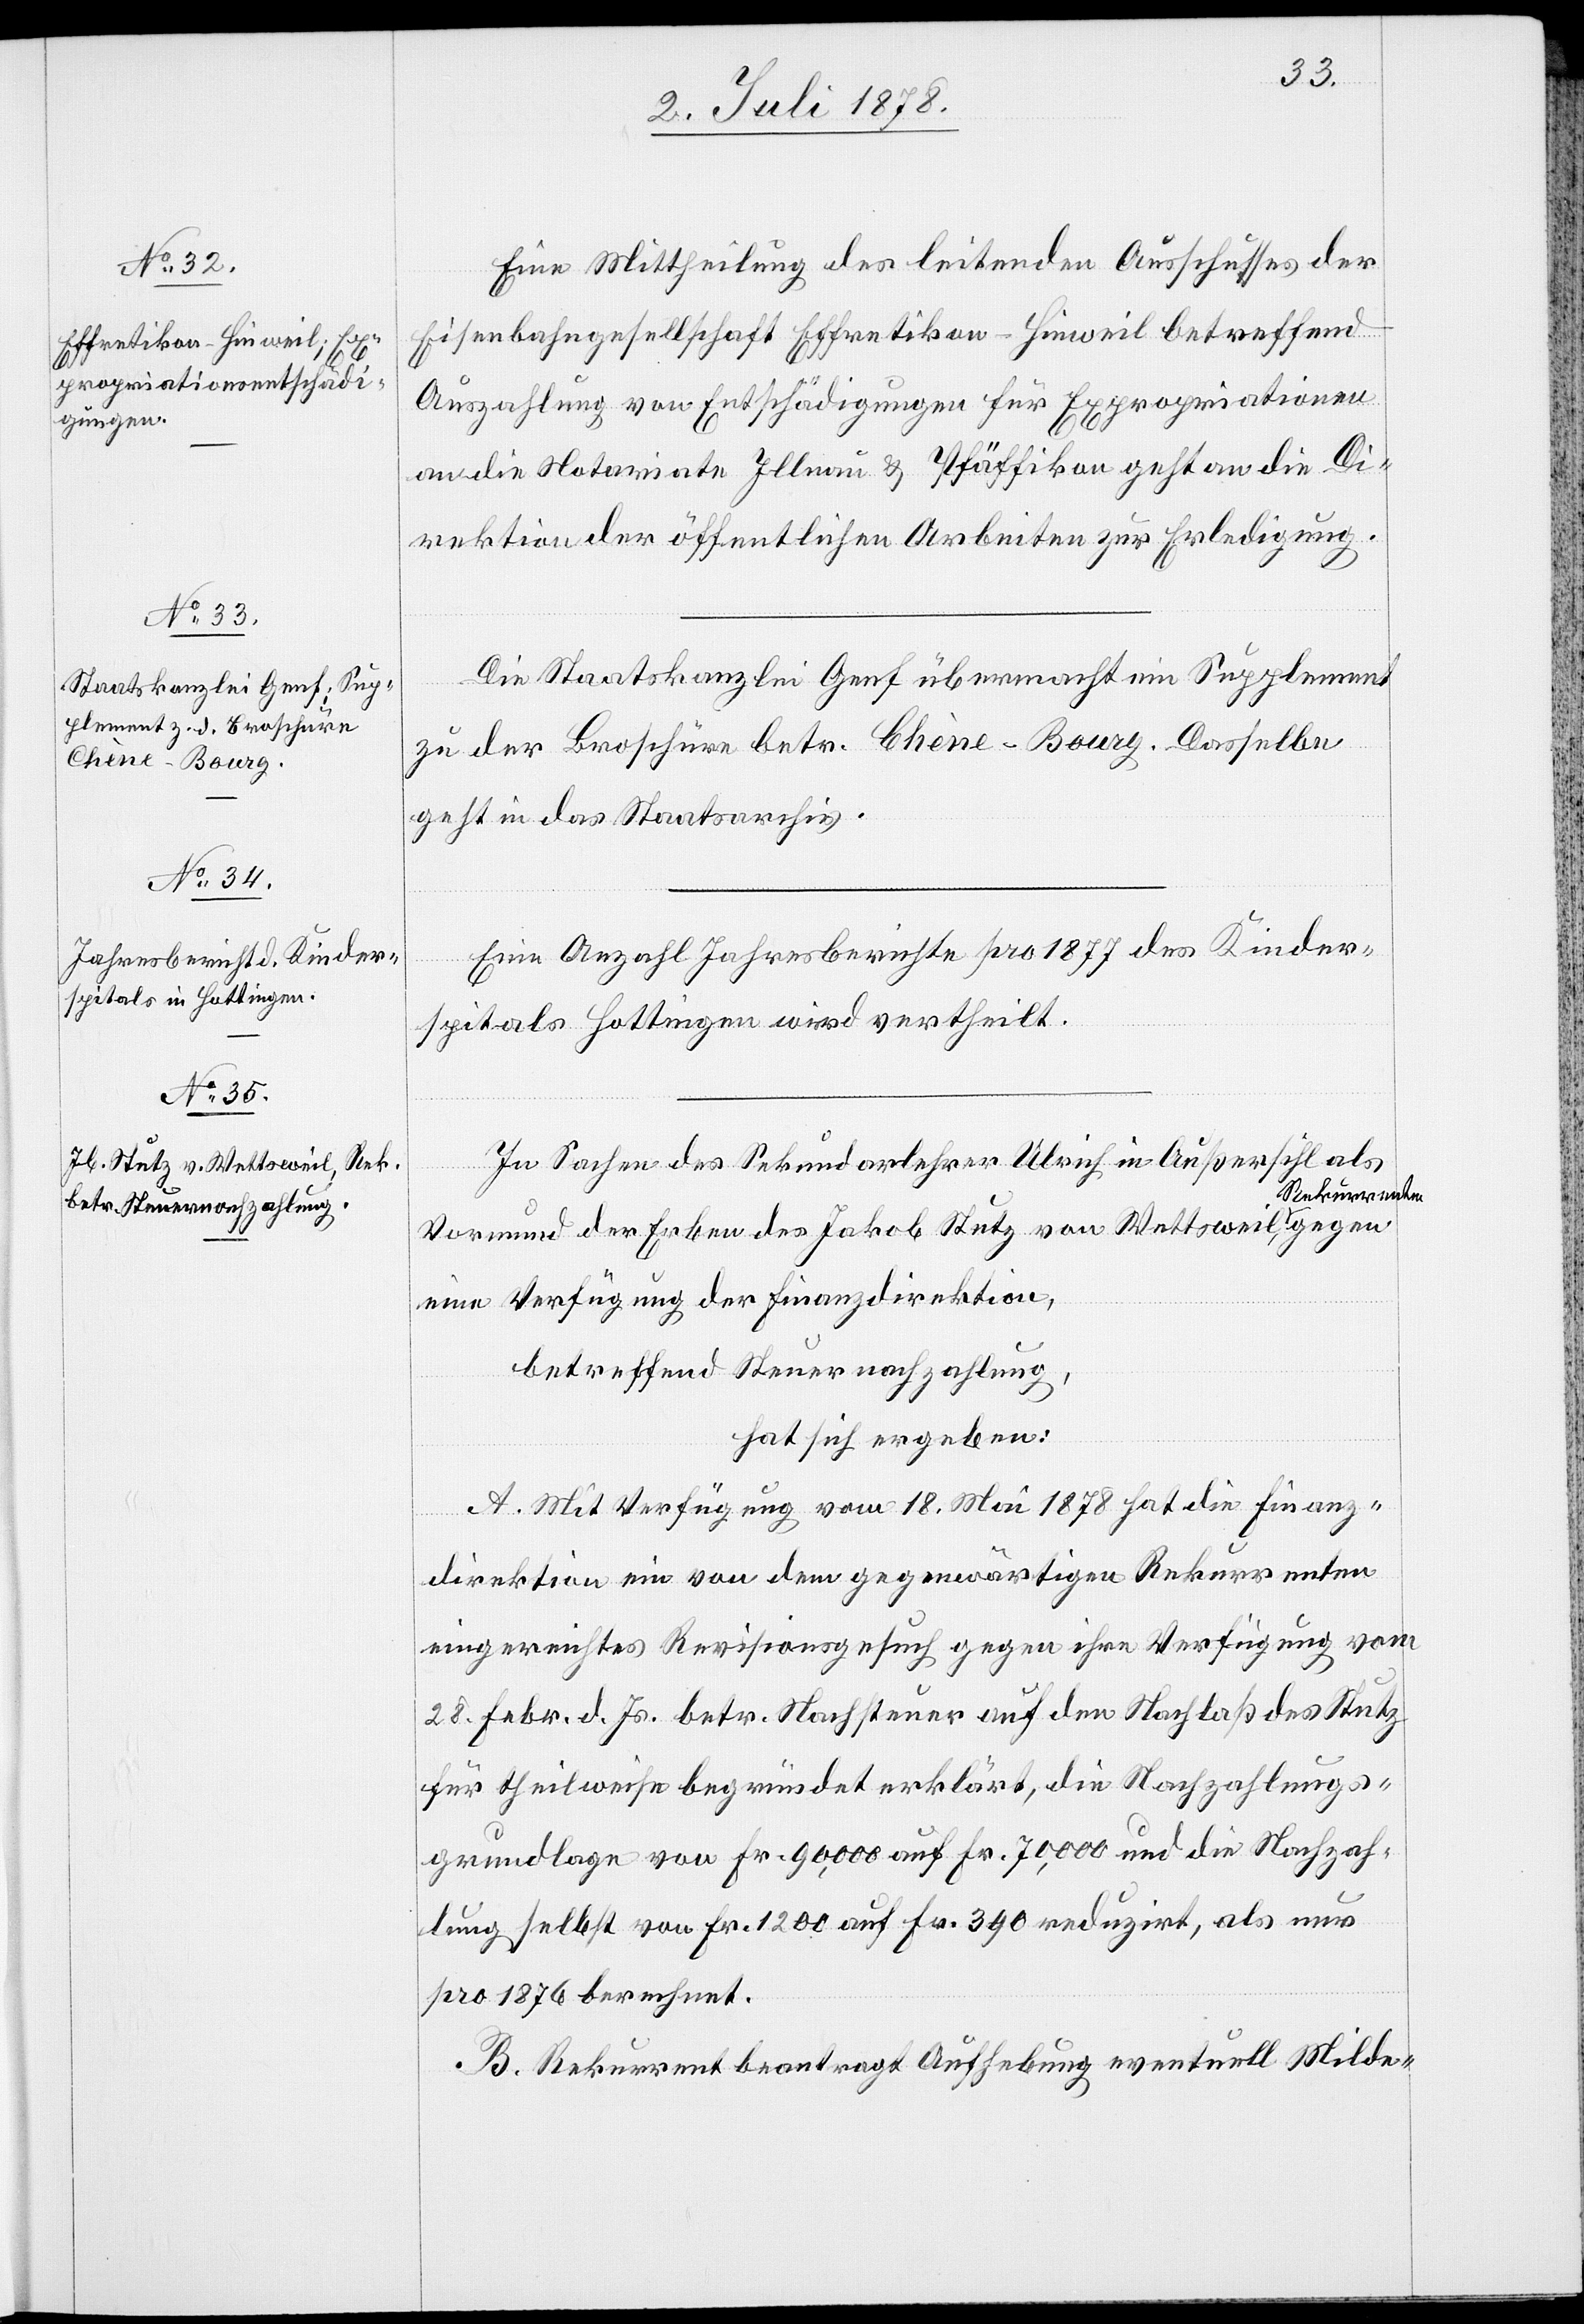
Eine Mittheilung des leitenden Ausschusses der
Eisenbahngesellschaft Effretikon–Hinweil betreffend
Auszahlung von Entschädigungen für Expropriationen
an die Notariate Illnau & Pfäffikon geht an die Di¬
rektion der öffentlichen Arbeiten zur Erledigung.
Die Staatskanzlei Genf übermacht ein Supplement
zu der Broschüre betr. Chène-Bourg. Dasselbe
geht in das Staatsarchiv.
Eine Anzahl Jahresberichte pro 1877 des Kinder¬
spitals Hottingen wird vertheilt.
gegen
In Sachen des Sekundarlehrer Ulrich in Außersihl als
Vormund der Erben des Jakob Stutz von Wettsweil, Rek¬
eine Verfügung der Finanzdirektion,
betreffend Steuernachzahlung,
hat sich ergeben:
A. Mit Verfügung vom 18. Mai 1878 hat die Finanz¬
direktion ein von dem gegenwärtigen Rekurrenten
eingereichtes Revisionsgesuch gegen ihre Verfügung vom
28. Febr. d. Js. betr. Nachsteuer auf den Nachlaß des Stutz
für theilweise begründet erklärt, die Nachzahlungs¬
grundlage von Fr. 90,000 auf Fr. 70,000 und die Nachzah¬
lung selbst von Fr. 1200 auf Fr. 390 reduzirt, als nur
pro 1876 berechnet.
B. Rekurrent beantragt Aufhebung eventuell Milde-